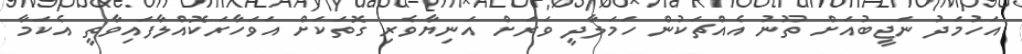
އަހުމަދު ނަޖީބުއަށް ތޫނު އެއްޗަކުން ހަމަލާދީ ވަރަށް އަނިޔާވެރި ގޮތަކަށް އަވަހާރަކޮއްލާފައިވާތީ އެކަމާ